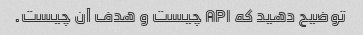
توضیح دهید که API چیست و هدف آن چیست.